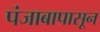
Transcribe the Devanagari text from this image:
पंजाबापासून